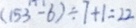
( 1 5 3 - 6 ) \div 7 + 1 = 2 2